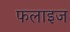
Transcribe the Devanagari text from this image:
फलाइज